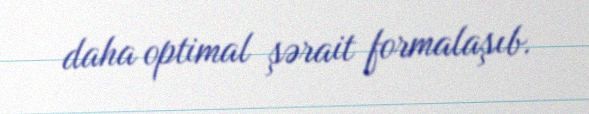
daha optimal şərait formalaşıb.